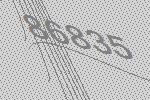
86835